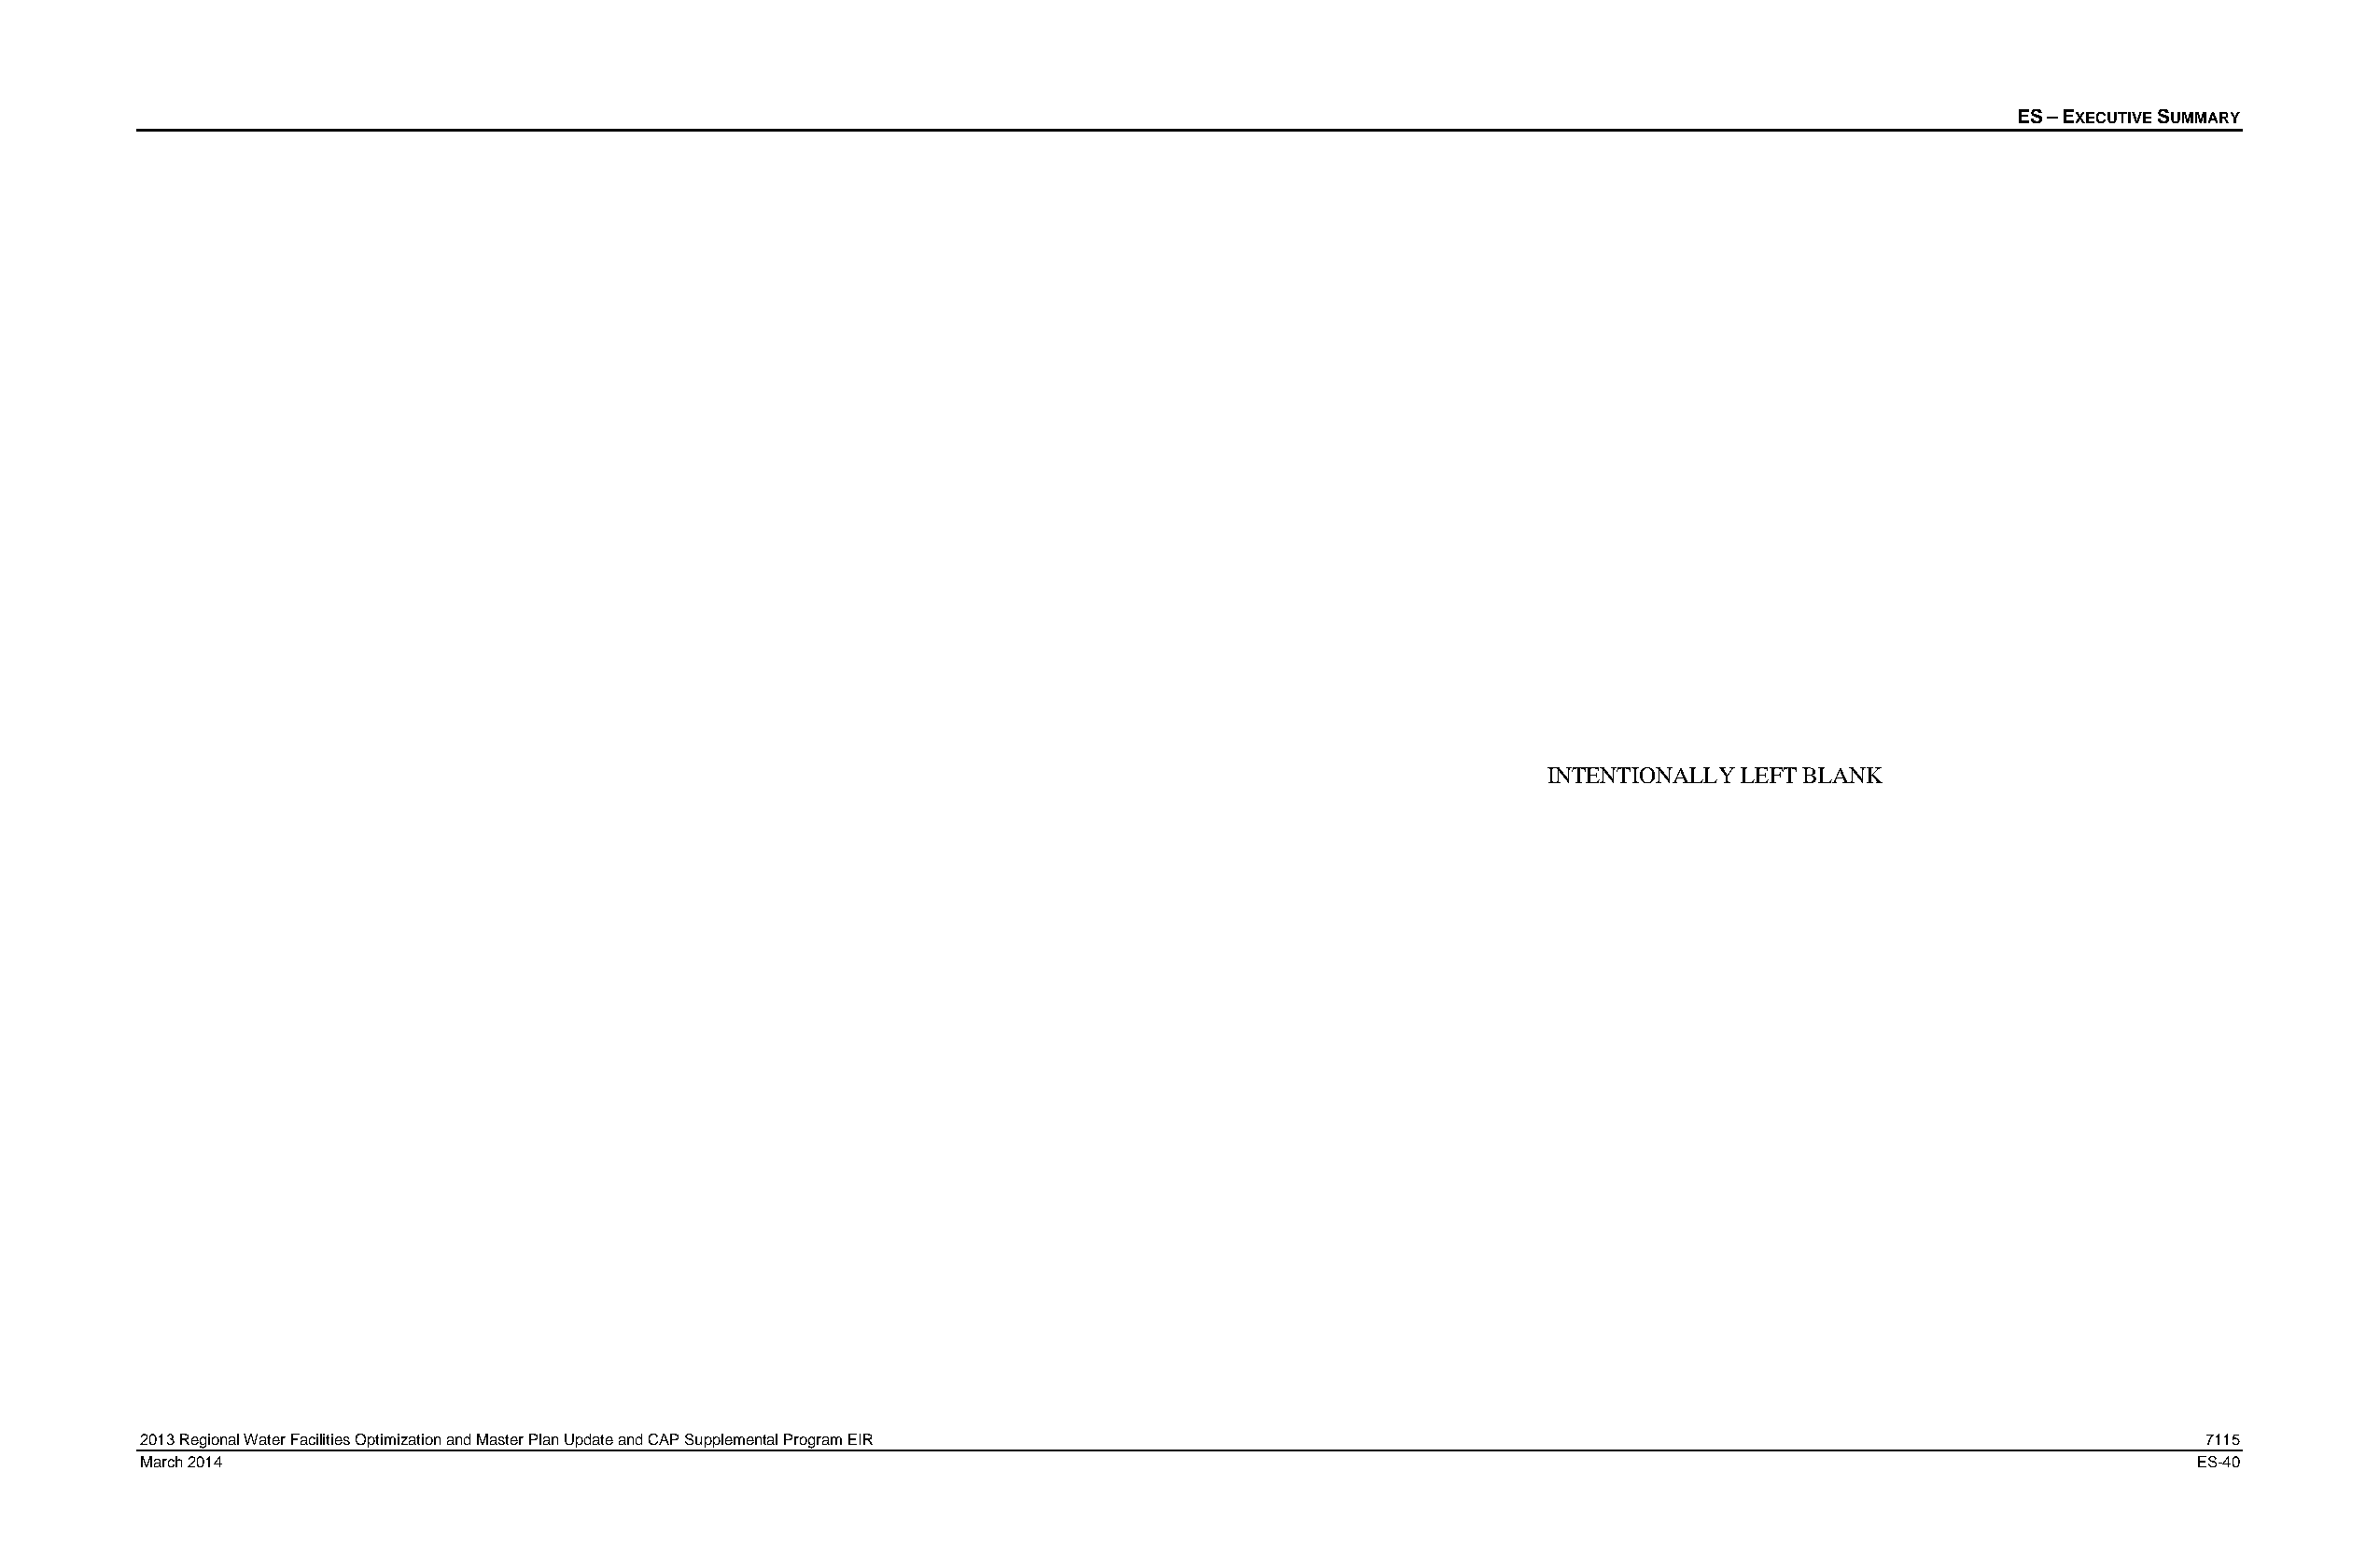
ES – EXECUTIVE SUMMARY
 INTENTIONALLY LEFT BLANK
 2013 Regional Water Facilities Optimization and Master Plan Update and CAP Supplemental Program EIR                                               7115
 March 2014                                                                                                                                        ES-40